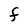
Character: F